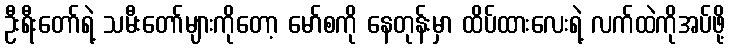
ဦးရီးတော်ရဲ့ သမီးတော်များကိုတော့ မော်စကို နေတုန်းမှာ ထိပ်ထားလေးရဲ့ လက်ထဲကိုအပ်ဖို့